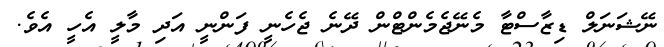
ނޭޝަނަލް ޑިޒާސްޓާ މެނޭޖެމެންޓްން ދޭނެ ޖެހެނީ ފަންނީ އަދި މާލީ އެހީ އެވެ.